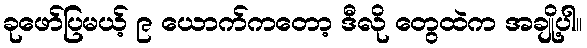
ခုဖော်ပြမယ့် ၉ ယောက်ကတော့ ဒီလို တွေထဲက အချို့ပါ။